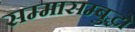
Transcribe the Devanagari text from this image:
सम्मासम्बुद्धो